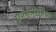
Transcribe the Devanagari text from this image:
एक्सप्रेसवेचा